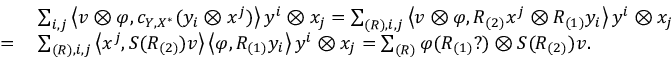
\begin{array} { r l } & { \sum _ { i , j } \left\langle v \otimes \varphi , c _ { Y , X ^ { * } } ( y _ { i } \otimes x ^ { j } ) \right\rangle y ^ { i } \otimes x _ { j } = \sum _ { ( R ) , i , j } \left\langle v \otimes \varphi , R _ { ( 2 ) } x ^ { j } \otimes R _ { ( 1 ) } y _ { i } \right\rangle y ^ { i } \otimes x _ { j } } \\ { = \: } & { \sum _ { ( R ) , i , j } \left\langle x ^ { j } , S ( R _ { ( 2 ) } ) v \right\rangle \left\langle \varphi , R _ { ( 1 ) } y _ { i } \right\rangle y ^ { i } \otimes x _ { j } = \sum _ { ( R ) } \varphi ( R _ { ( 1 ) } ? ) \otimes S ( R _ { ( 2 ) } ) v . } \end{array}